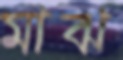
মাঝ